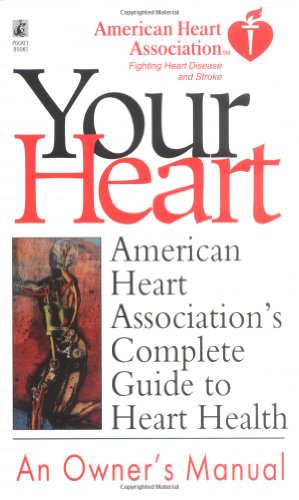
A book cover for American Heart Association's Complete Guide to Heart Health (Better Health for 2003); American Heart Association; Health, Fitness & Dieting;